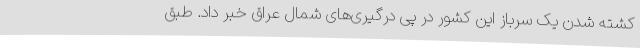
کشته شدن یک سرباز این کشور در پی درگیری‌های شمال عراق خبر داد. طبق